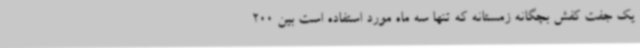
یک جفت کفش بچگانه زمستانه که تنها سه ماه مورد استفاده است بین 200